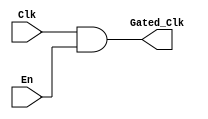
module clock_gating (
    input wire Clk,            // Main clock input
    input wire En,             // Enable signal
    output wire Gated_Clk      // Gated clock output
);

// Clock gating logic
assign Gated_Clk = Clk & En; // Pass the clock if enabled, otherwise block it

endmodule